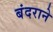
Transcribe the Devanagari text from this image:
बंदराने